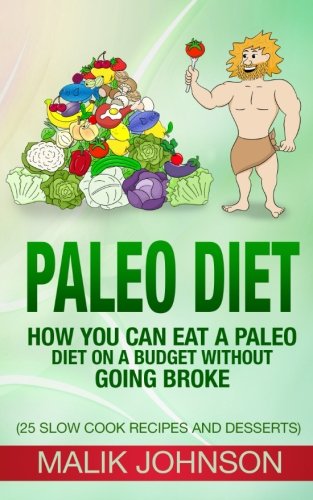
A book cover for Paleo Diet: How you can eat a Paleo Diet on a Budget without Going Broke: (25 Slow Cook Recipes and Desserts); Malik Johnson; Health, Fitness & Dieting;